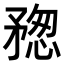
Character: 𥍷